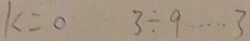
k = 0 3 \div 9 \cdots 3